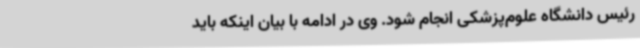
رئیس دانشگاه علوم‌پزشکی انجام شود. وی در ادامه با بیان اینکه باید